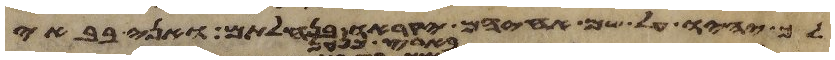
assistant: לך יהיו על שם אחיהם יקראו בנחלתם ואני בבאי